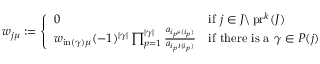
\begin{array} { r } { w _ { j \mu } : = \left\{ \begin{array} { l l } { 0 } & { \mathrm { i f ~ } j \in J \backslash \operatorname { p r } ^ { k } ( J ) } \\ { w _ { \operatorname { i n } ( \gamma ) \mu } ( - 1 ) ^ { | \gamma | } \prod _ { p = 1 } ^ { | \gamma | } \frac { a _ { i _ { p } s ( i _ { p } ) } } { a _ { i _ { p } t ( i _ { p } ) } } } & { \mathrm { i f ~ t h e r e ~ i s ~ a ~ } \gamma \in P ( j ) \ } \end{array} \right. } \end{array}